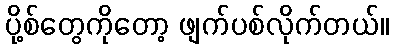
ပို့စ်တွေကိုတော့ ဖျက်ပစ်လိုက်တယ်။